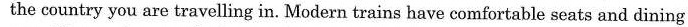
the country you are travelling in. Modern trains have comfortable seats and dining